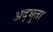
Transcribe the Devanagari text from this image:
अद्भुता